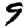
Digit: 9